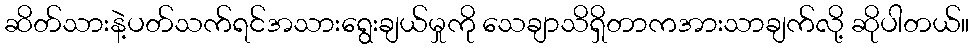
ဆိတ်သားနဲ့ပတ်သက်ရင်အသားရွေးချယ်မှုကို သေချာသိရှိတာကအားသာချက်လို့ ဆိုပါတယ်။